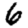
Digit: 6